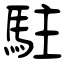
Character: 駐